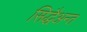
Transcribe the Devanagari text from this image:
सिद्धैअन्त